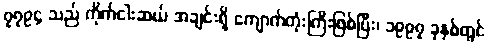
၇၇၉၄ သည် ကိုက်ငါးဆယ် အချင်းရှိ ကျောက်တုံးကြီးဖြစ်ပြီး၊ ၁၉၉၇ ခုနှစ်တွင်